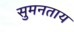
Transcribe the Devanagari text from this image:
सुमनताय